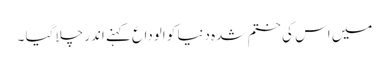
میں اس کی ختم شدہ دنیا کو الوداع کہنے اندر چلا گیا ۔